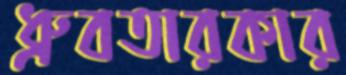
ধ্রুবতারকার